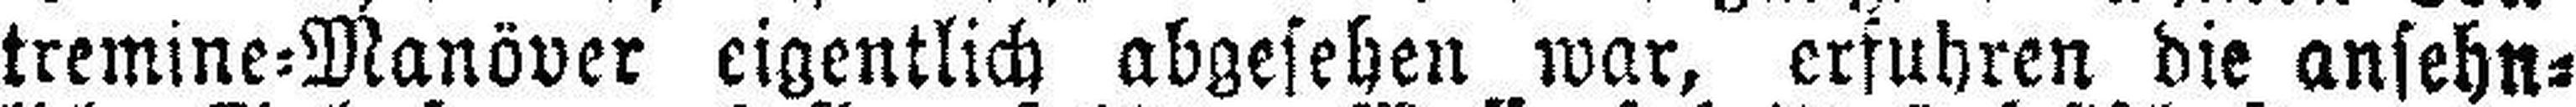
tremine=Manöver eigentlich abgesehen war, erfuhren die ansehn¬